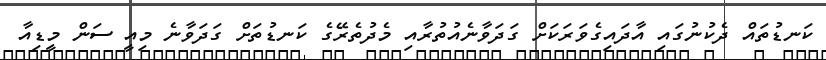
ކަނޑުތައް ދެކުނުގައި އާދައިގެވަރަކަށް ގަދަވާނެެއުތުރާއި މެދުތެރޭގެ ކަނޑުތަށް ގަދަވާނެ މިއީ ސަން މީޑިއާ